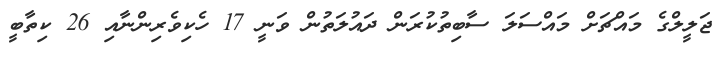
ޖަލީލްގެ މައްޗަށް މައްސަލަ ސާބިތުކުރަން ދައުލަތުން ވަނީ 17 ހެކިވެރިންނާއި 26 ކިތާބީ